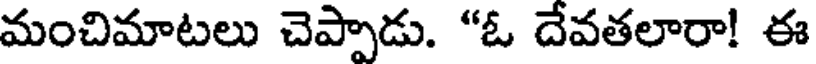
మంచిమాటలు చెప్పాడు. "ఓ దేవతలారా! ఈ